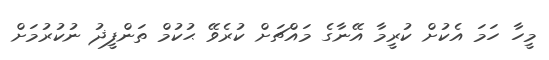
މީހާ ހަމަ އެކުށް ކުރީމާ އޭނާގެ މައްޗަށް ކުރެވޭ ޙުކުމް ތަންފީޛު ނުކުރުމަށް